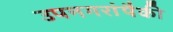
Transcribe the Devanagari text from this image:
उपनगरांपैकी